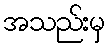
အသည်းမှ